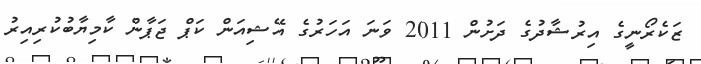
ޒަކެރޯނީގެ އިރުޝާދުގެ ދަށުން 2011 ވަނަ އަހަރުގެ އޭޝިއަން ކަޕް ޖަޕާން ކާމިޔާބުކުރިއިރު